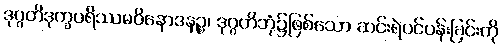
ဒုဂ္ဂတိဒုက္ခပရိဿမဝိနောဒနဉ္စ၊ ဒုဂ္ဂတိဘုံ၌ဖြစ်သော ဆင်းရဲပင်ပန်းခြင်းကို